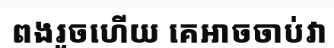
ពងរួចហើយ គេអាចចាប់វា